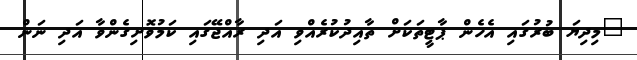
"މިދިޔަ ބުރުގައި އެހެން ޕާޓީތަކަށް ތާއިދުކުރެއްވި އަދި ރާއްޖޭގައި ކަމުވޮށިގެންވާ އަދި ނަން